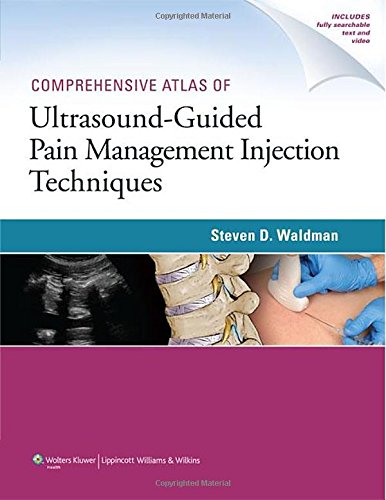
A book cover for Comprehensive Atlas Of Ultrasound-Guided Pain Management Injection Techniques; Steven Waldman; Medical Books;